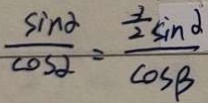
\frac { \sin \alpha } { \cos \alpha } = \frac { \frac { 3 } { 2 } \sin \alpha } { \cos \beta }